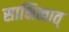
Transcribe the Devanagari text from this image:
साक्षित्वात्